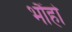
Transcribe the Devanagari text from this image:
भौंहो